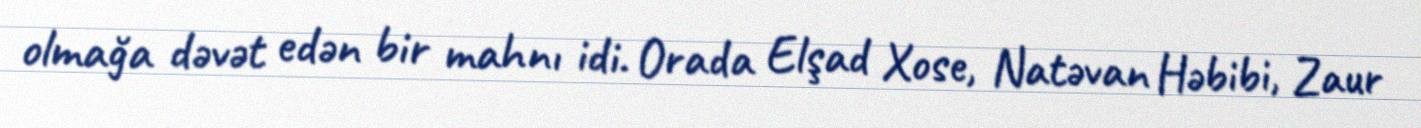
olmağa dəvət edən bir mahnı idi. Orada Elşad Xose, Natəvan Həbibi, Zaur